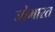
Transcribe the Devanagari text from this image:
जोभारत